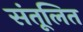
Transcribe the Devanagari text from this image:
संतूलित